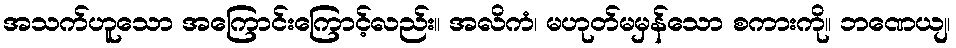
အသက်ဟူသော အကြောင်းကြောင့်လည်း။ အလိကံ၊ မဟုတ်မမှန်သော စကားကို။ ဘဏေယျ၊